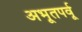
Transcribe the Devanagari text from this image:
अभूतपर्वू